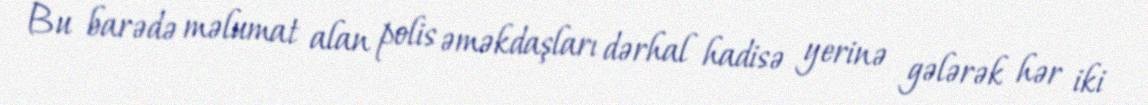
Bu barədə məlumat alan polis əməkdaşları dərhal hadisə yerinə gələrək hər iki